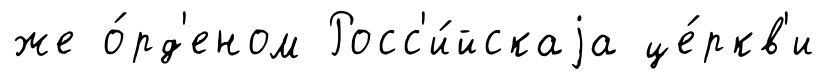
же о́рд'еном Росс'и́йскаjа це́ркв'и